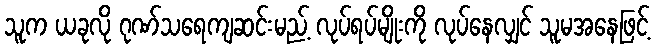
သူက ယခုလို ဂုဏ်သရေကျဆင်းမည့် လုပ်ရပ်မျိုးကို လုပ်နေလျှင် သူမအနေဖြင့်